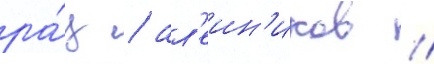
ра́ц / ал'еин'иков /